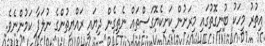
އިތުރު މީހަކު ބުނިގޮތުގައި މިރަށުން ކަށިކެޔޮގަސްތައް ނެތިގެން ދިޔައީ ރައްޔިތުންގެ ނުލަފާ ކަމުންނެވެ.